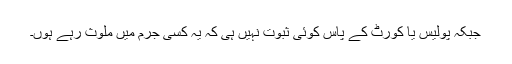
جبکہ پولیس یا کورٹ کے پاس کوئی ثبوت نہیں ہی کہ یہ کسی جرم میں ملوث رہے ہوں۔